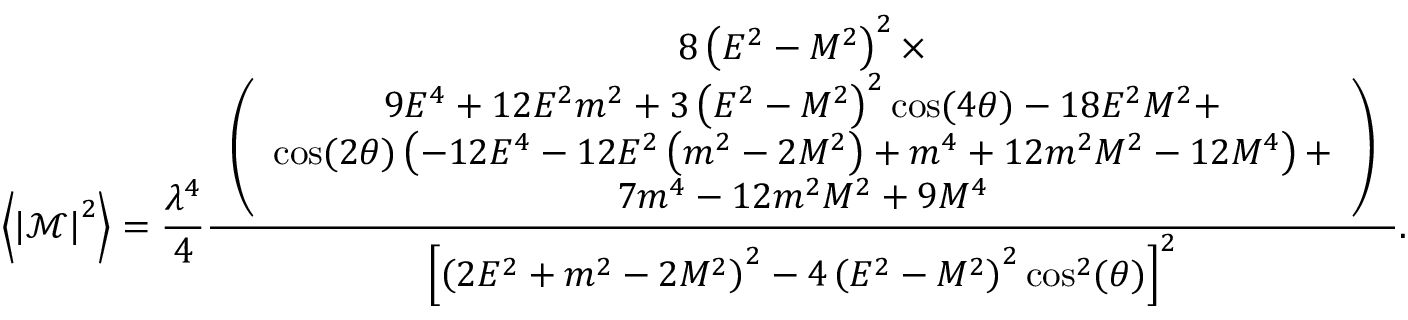
\left\langle \left\vert \mathcal { M } \right\vert ^ { 2 } \right\rangle = \frac { \lambda ^ { 4 } } { 4 } \frac { \begin{array} { c } { 8 \left( E ^ { 2 } - M ^ { 2 } \right) ^ { 2 } \times } \\ { \left( \begin{array} { c } { 9 E ^ { 4 } + 1 2 E ^ { 2 } m ^ { 2 } + 3 \left( E ^ { 2 } - M ^ { 2 } \right) ^ { 2 } \cos ( 4 \theta ) - 1 8 E ^ { 2 } M ^ { 2 } + } \\ { \cos ( 2 \theta ) \left( - 1 2 E ^ { 4 } - 1 2 E ^ { 2 } \left( m ^ { 2 } - 2 M ^ { 2 } \right) + m ^ { 4 } + 1 2 m ^ { 2 } M ^ { 2 } - 1 2 M ^ { 4 } \right) + } \\ { 7 m ^ { 4 } - 1 2 m ^ { 2 } M ^ { 2 } + 9 M ^ { 4 } } \end{array} \right) } \end{array} } { \left[ \left( 2 E ^ { 2 } + m ^ { 2 } - 2 M ^ { 2 } \right) ^ { 2 } - 4 \left( E ^ { 2 } - M ^ { 2 } \right) ^ { 2 } \cos ^ { 2 } ( \theta ) \right] ^ { 2 } } .